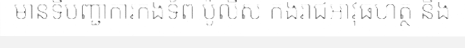
មានទីបញ្ជាការកងទ័ព ប៉ូលីស កងរាជអាវុធហត្ថ និង